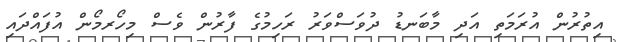
އިތުރުން އުރަމަތި އަދި މާބަނޑު ދުވަސްވަރު ރަހިމުގެ ފާރުން ވެސް މިހޯރމޯން އުފައްދައި